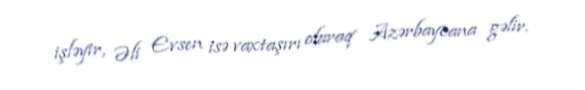
işləyir, Əli Evsen isə vaxtaşırı olaraq Azərbaycana gəlir.